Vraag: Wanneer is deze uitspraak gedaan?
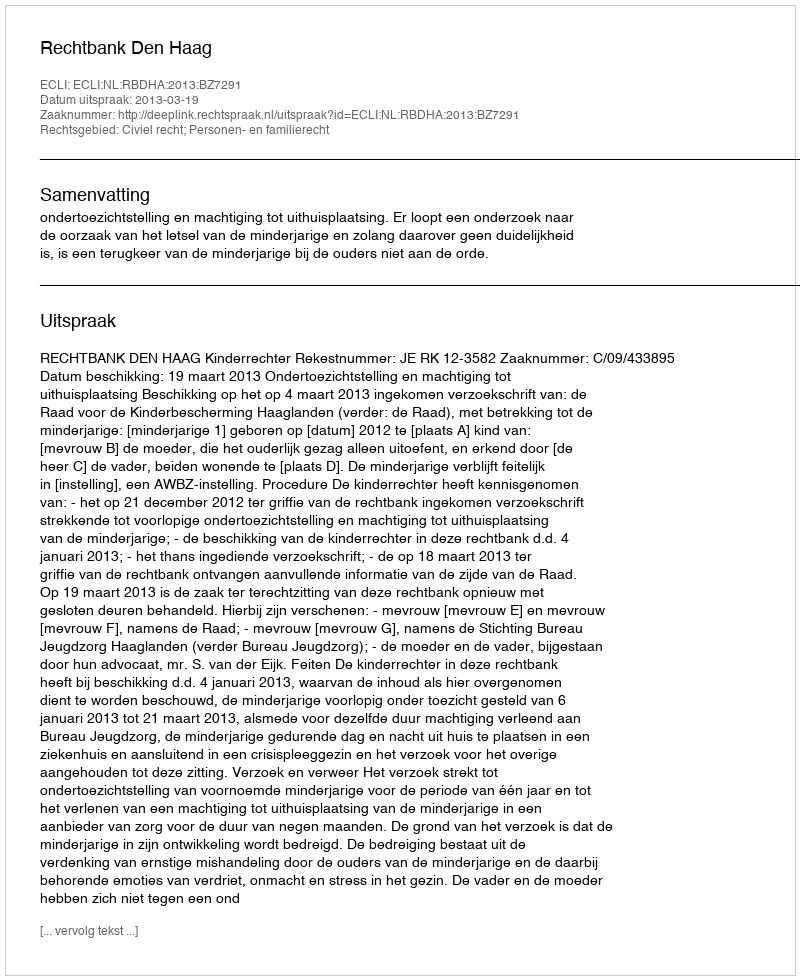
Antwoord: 2013-03-19